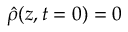
\hat { \rho } ( z , t = 0 ) = 0